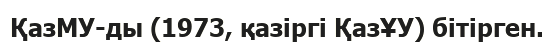
ҚазМУ-ды (1973, қазіргі ҚазҰУ) бітірген.